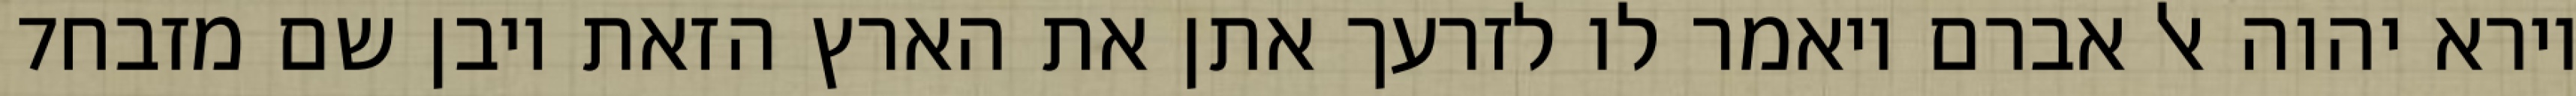
‎7‏ וירא יהוה אל אברם ויאמר לו לזרעך אתן את הארץ הזאת ויבן שם מזבח